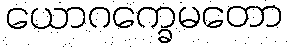
ယောဂက္ခေမတော